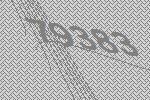
79383